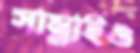
সাম্‌লাইও